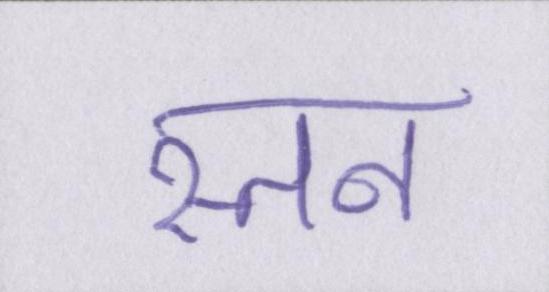
स्तन